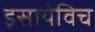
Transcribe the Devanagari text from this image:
इसायेविच